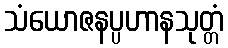
သံယောဇနပ္ပဟာနသုတ္တံ